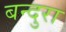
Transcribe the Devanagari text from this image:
बन्दुरा